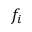
f _ { i }